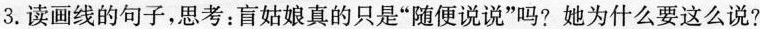
3.读画线的句子，思考：盲姑娘真的只是”随便说说”吗?她为什么要这么说?